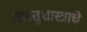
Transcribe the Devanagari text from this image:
वास्तुशास्त्राचे